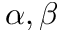
\alpha , \beta